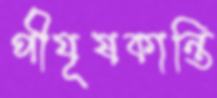
পীযূষকান্তি